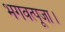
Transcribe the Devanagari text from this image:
भगवत्पूजा।